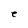
Character: e